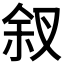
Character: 𪝃